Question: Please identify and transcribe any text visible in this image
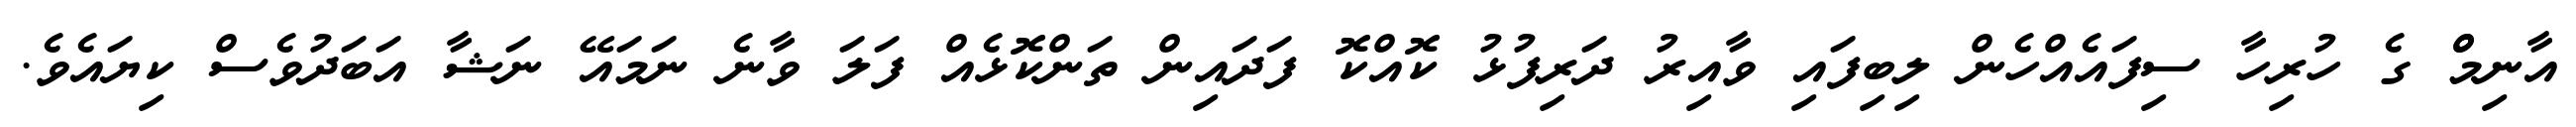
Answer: އާނިމްް ގެ ހުރިހާ ސިފައެއްހެން ލިބިފައި ވާއިރު ދަރިފުޅު ކޮއްކޮ ފަދައިން ތަންކޮޅެއް ފަލަ ވާނެ ނަމައޭ ނަޝާ އަބަދުވެސް ކިޔައެވެ.